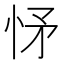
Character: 𢘕